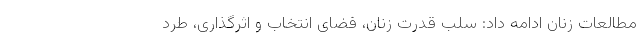
مطالعات زنان ادامه داد: سلب قدرت زنان، فضای انتخاب و اثرگذاری، طرد